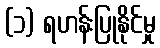
(၁) ရဟန်းပြုနိုင်မှု